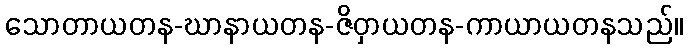
သောတာယတန-ဃာနာယတန-ဇိဝှာယတန-ကာယာယတနသည်။